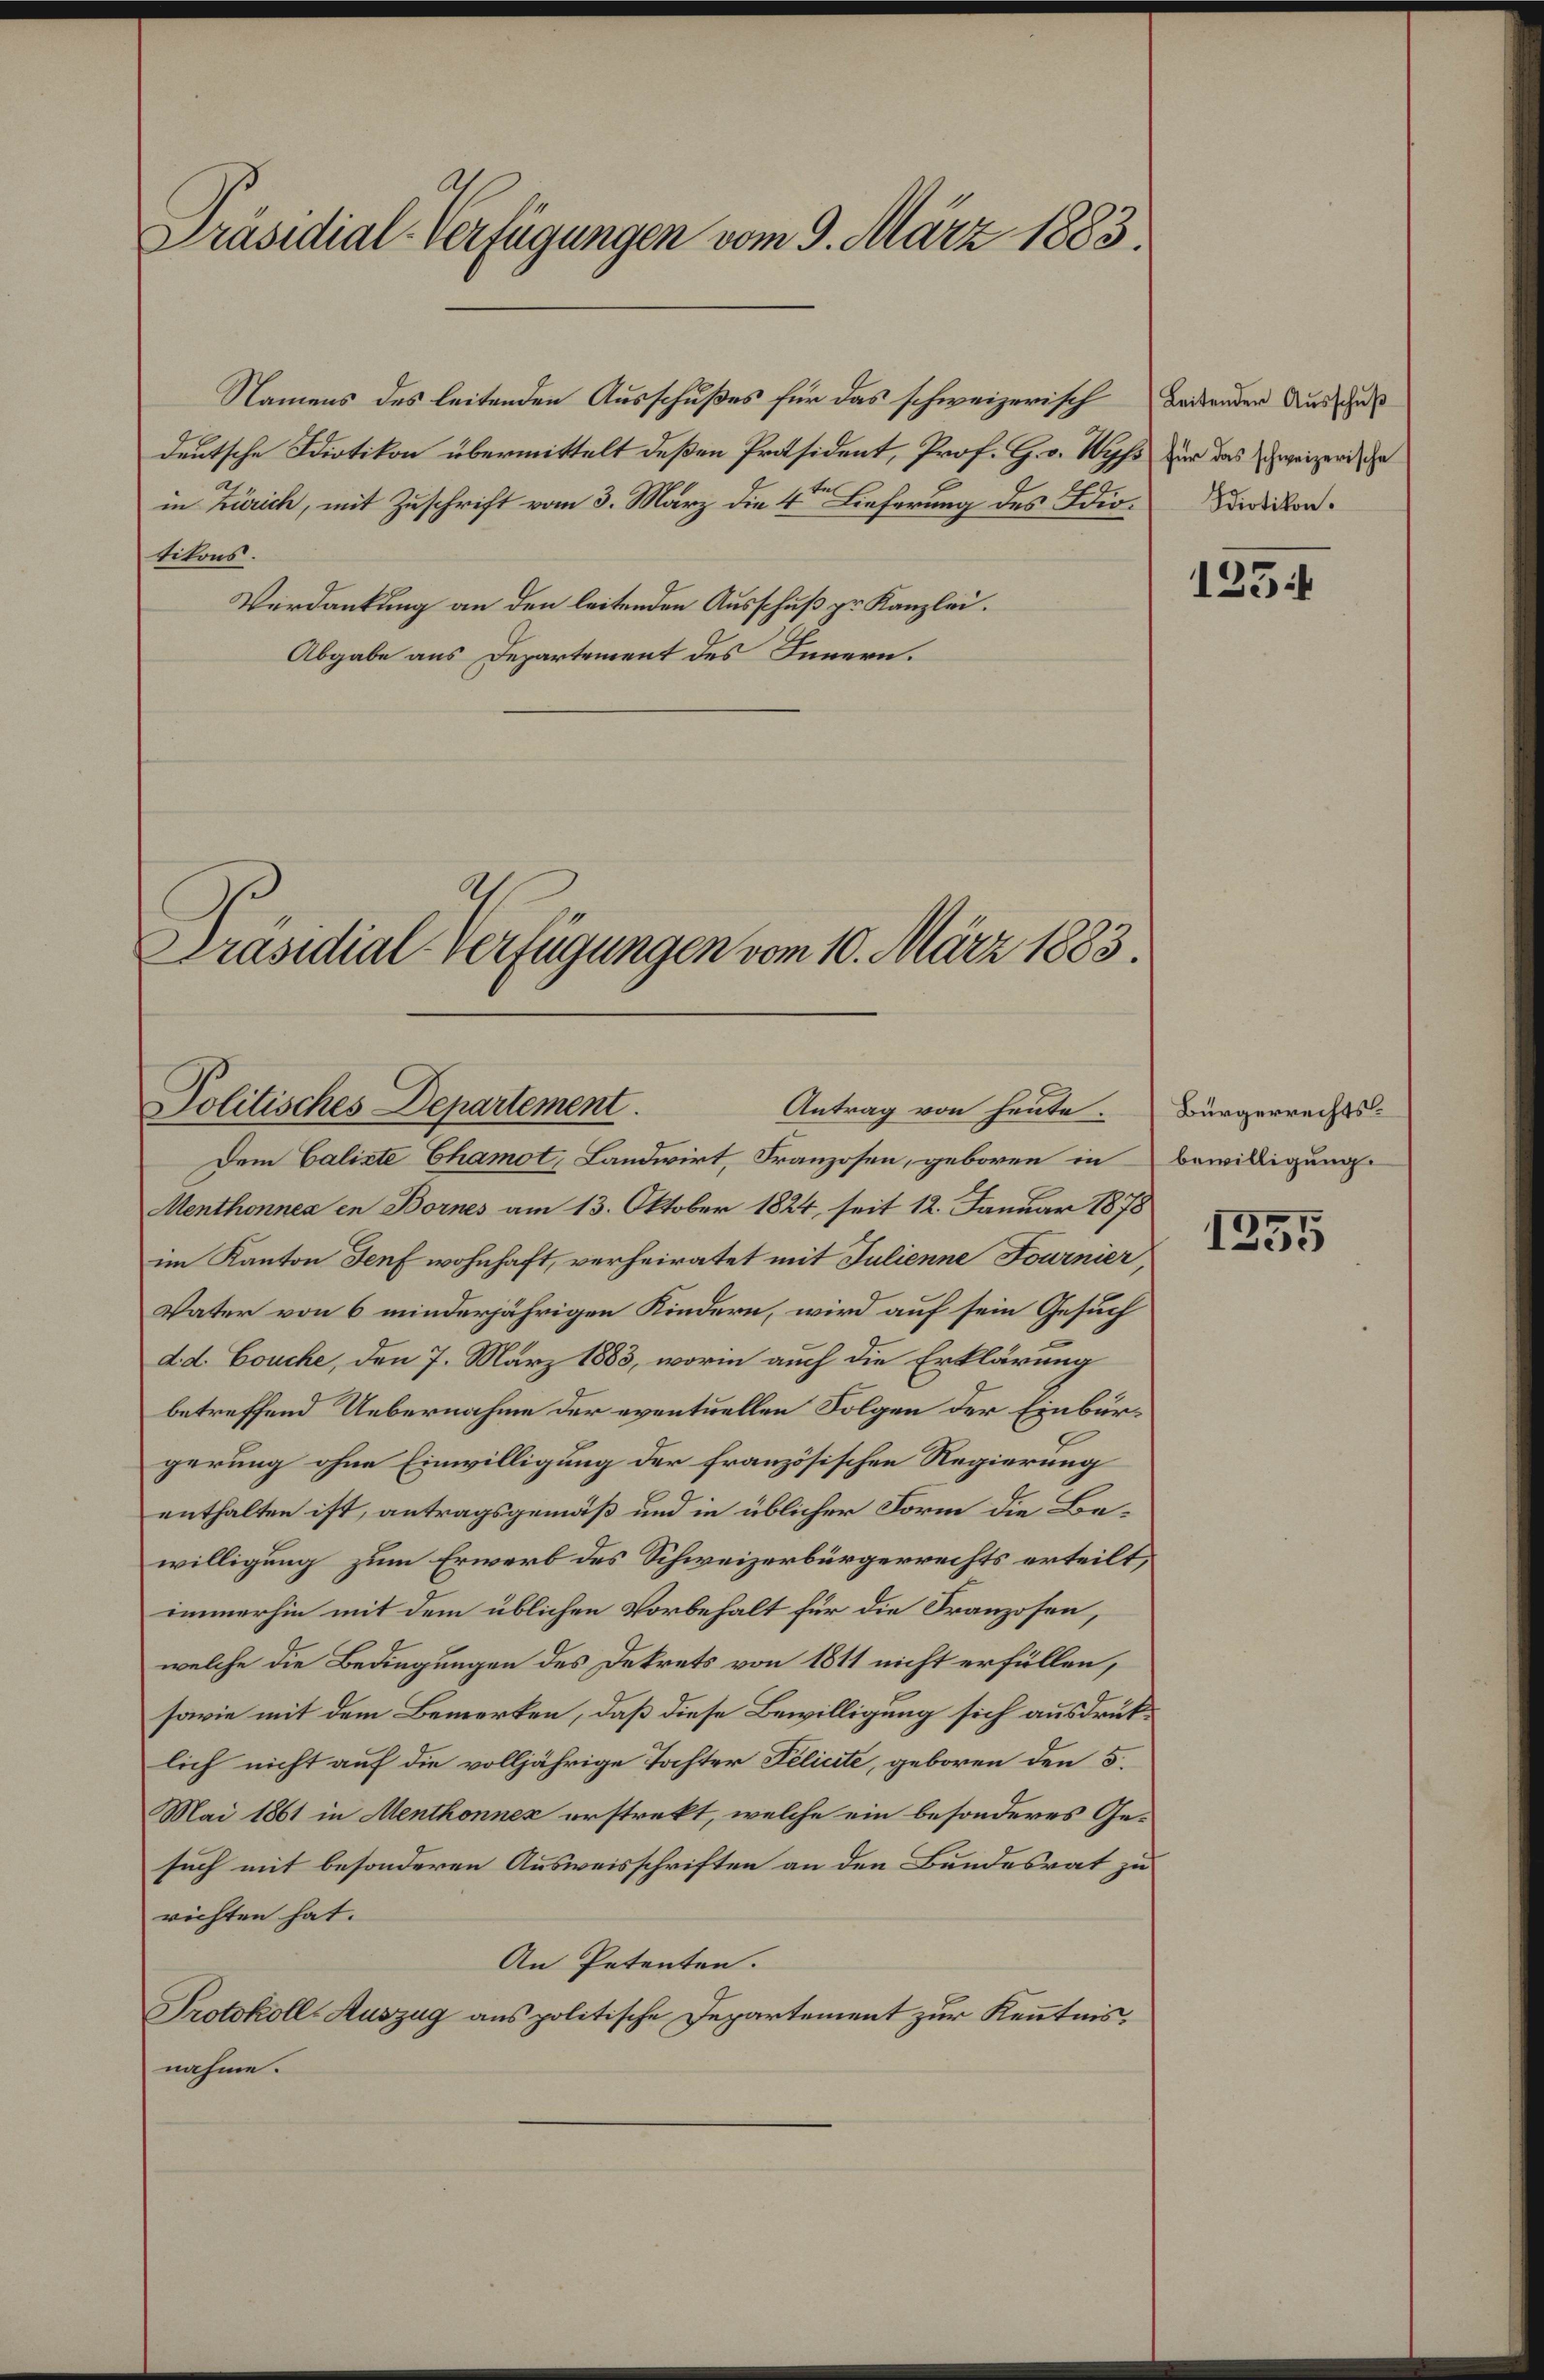
Präsidial-Verfügungen vom 9. März 1883.

Namens des leitenden Ausschußes für das schweizerisch beidenden Aus aus
deutsche Diotikon übermittelt deßen Präsident, Prof. G. v. Wyss zur das zweizer, da
in Zürich, mit Zuschrift vom 3. März die 4te Lieferung des Idio-Sedikon.
titons.
Verdankung an den leitenden Ausschuß pr. Kanzlei.
Abgabe aus Departement des Innern.

Politisches Departement.
Antrag von heute.

Präsidial-Verfügungen vom 10. März 1883.

Dem Calixte Chamot, Landwirt, Franzosen, geboren in
Menthonnes in Bornes am 13. Oktober 1824, seit 12. Januar 1878
im Kanton Senf wohnhaft, verheiratet mit Julienne Fournier,
Vater von 6 minderjährigen Kindern, wird auf sein Gesuch
d. d. Couche, den 7. März 1883, worin auch die Erklärung
betreffend Uebernahme der eventuellen Folgen der Einbürgerung ohne Einwilligung der französischen Regierung
enthalten ist, antragsgemäß und in üblicher Form die Bewilligung zum Erwerb des Schweizerbürgerrechts erteilt,
immerhin mit dem üblichen Vorbehalt für die Franzosen,
welche die Bedingungen des Dekrets von 1811 nicht erfüllen,
sowie mit dem Bemerken, daß diese Bewilligung sich ausdrücklich nicht auf die volljährige Tochter Pelicte, geboren den 5.
Mai 1861 in Menthonnex erstrekt, welche ein besonderes Ge-
such mit besonderen Ausweisschriften an den Bundesrat zu
richten hat.
An Petenten.
Protokoll-Auszug aus politische Departement zur Kenntnisnahme.

1254

Bürgerrechtsbewilligung.

1255